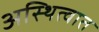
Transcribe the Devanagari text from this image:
अस्थित्वात